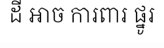
ដី អាច ការពារ ផ្នូរ